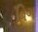
વિગ